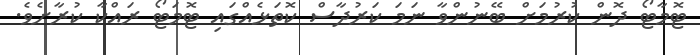
ޓޮމާޓޯ ދޮން ކުރުމަށް ބޭނުންވާ ނަމަ ކަރުދާސް ކޮތަޅެއްގައި ޓޮމަޓޯ ރައްކާ ކުރާށެވެ.